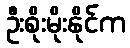
ဦးစိုးမိုးနိုင်က